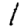
Digit: 1